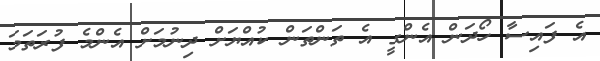
އެ ފައިސާ ހޯދަން އެންގީ އެ ތަންތަން ކުއްޔަށް ދިނުމަށް އެންމެ ފުރަތަމަ